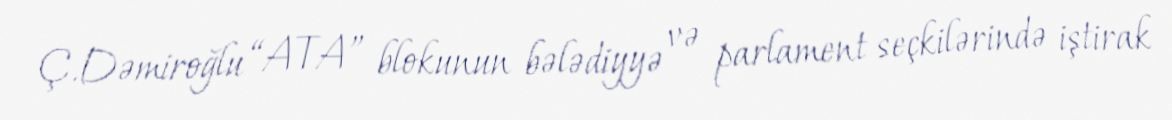
Ç.Dəmiroğlu “ATA” blokunun bələdiyyə və parlament seçkilərində iştirak